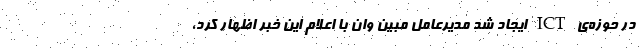
در حوزه‌ی ICT ایجاد شد مدیرعامل مبین وان با اعلام این خبر اظهار کرد،